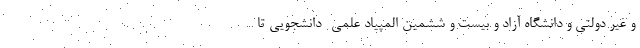
و غیر دولتی و دانشگاه آزاد و بیست و ششمین المپیاد علمی- دانشجویی تا